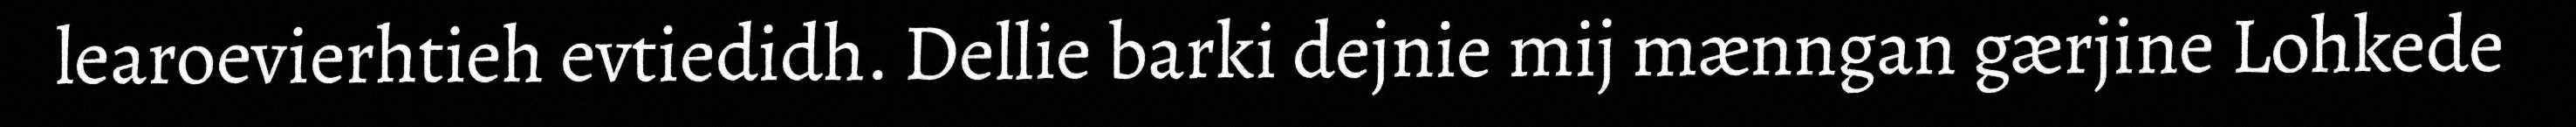
learoevierhtieh evtiedidh. Dellie barki dejnie mij mænngan gærjine Lohkede